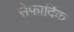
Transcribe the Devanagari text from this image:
सेफार्दिक